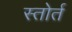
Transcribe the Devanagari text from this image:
स्तोर्त